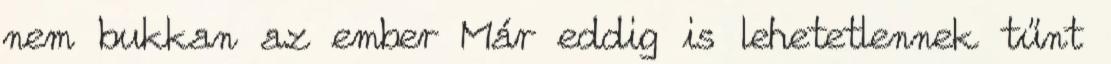
nem bukkan az ember Már eddig is lehetetlennek tűnt